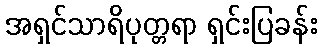
အရှင်သာရိပုတ္တရာ ရှင်းပြခန်း